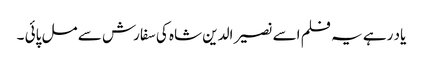
یاد رہے یہ فلم اسے نصیر الدین شاہ کی سفارش سے مل پائی ۔